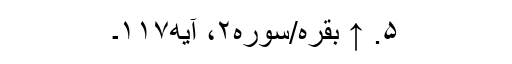
۵. ↑ بقره/سوره۲، آیه۱۱۷۔